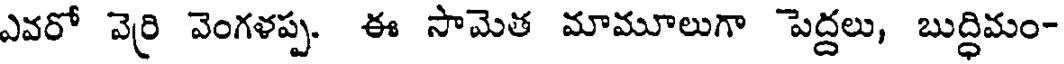
ఎవరో వెరి వెంగళప్ప. ఈ సామెత మామూలుగా పెద్దలు, బుద్ధిమం-